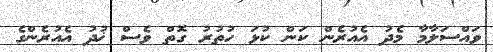
ވައްސަލާމާ މެދު އެއުރެން ކަން ކުޅަ ހުތުރު ގޮތް ވެސް ޚުދު އެއުރެންގެ